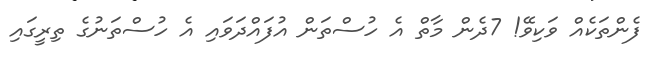
ފެންތަކެއް ވަކިވޭ! 7ދެން މާތް އެ ހުސްތަން އުފައްދަވައި އެ ހުސްތަނުގެ ތިރީގައި